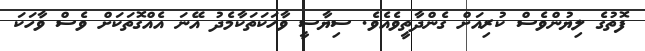
ފޮތުގެ ލިޔުންވެސް ކުރިއަށް ގެންދާތީވެއެވެ. ސިޔާސީ ވާހަކަތަކާމެދު އޭނަ އެއްގޮތަކަށް ވެސް ވާހަކަ